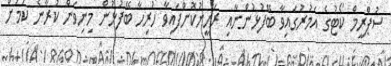
ސުޕްރީމް ކޯޓުގެ އަމުރުގައިވާ ބޭފުޅުންނާއި ރަހީނުކޮށްފައިވާ ހުރިހާ ބޭފުޅުން މިނިވަން ކުރާނެ ކަމަށް